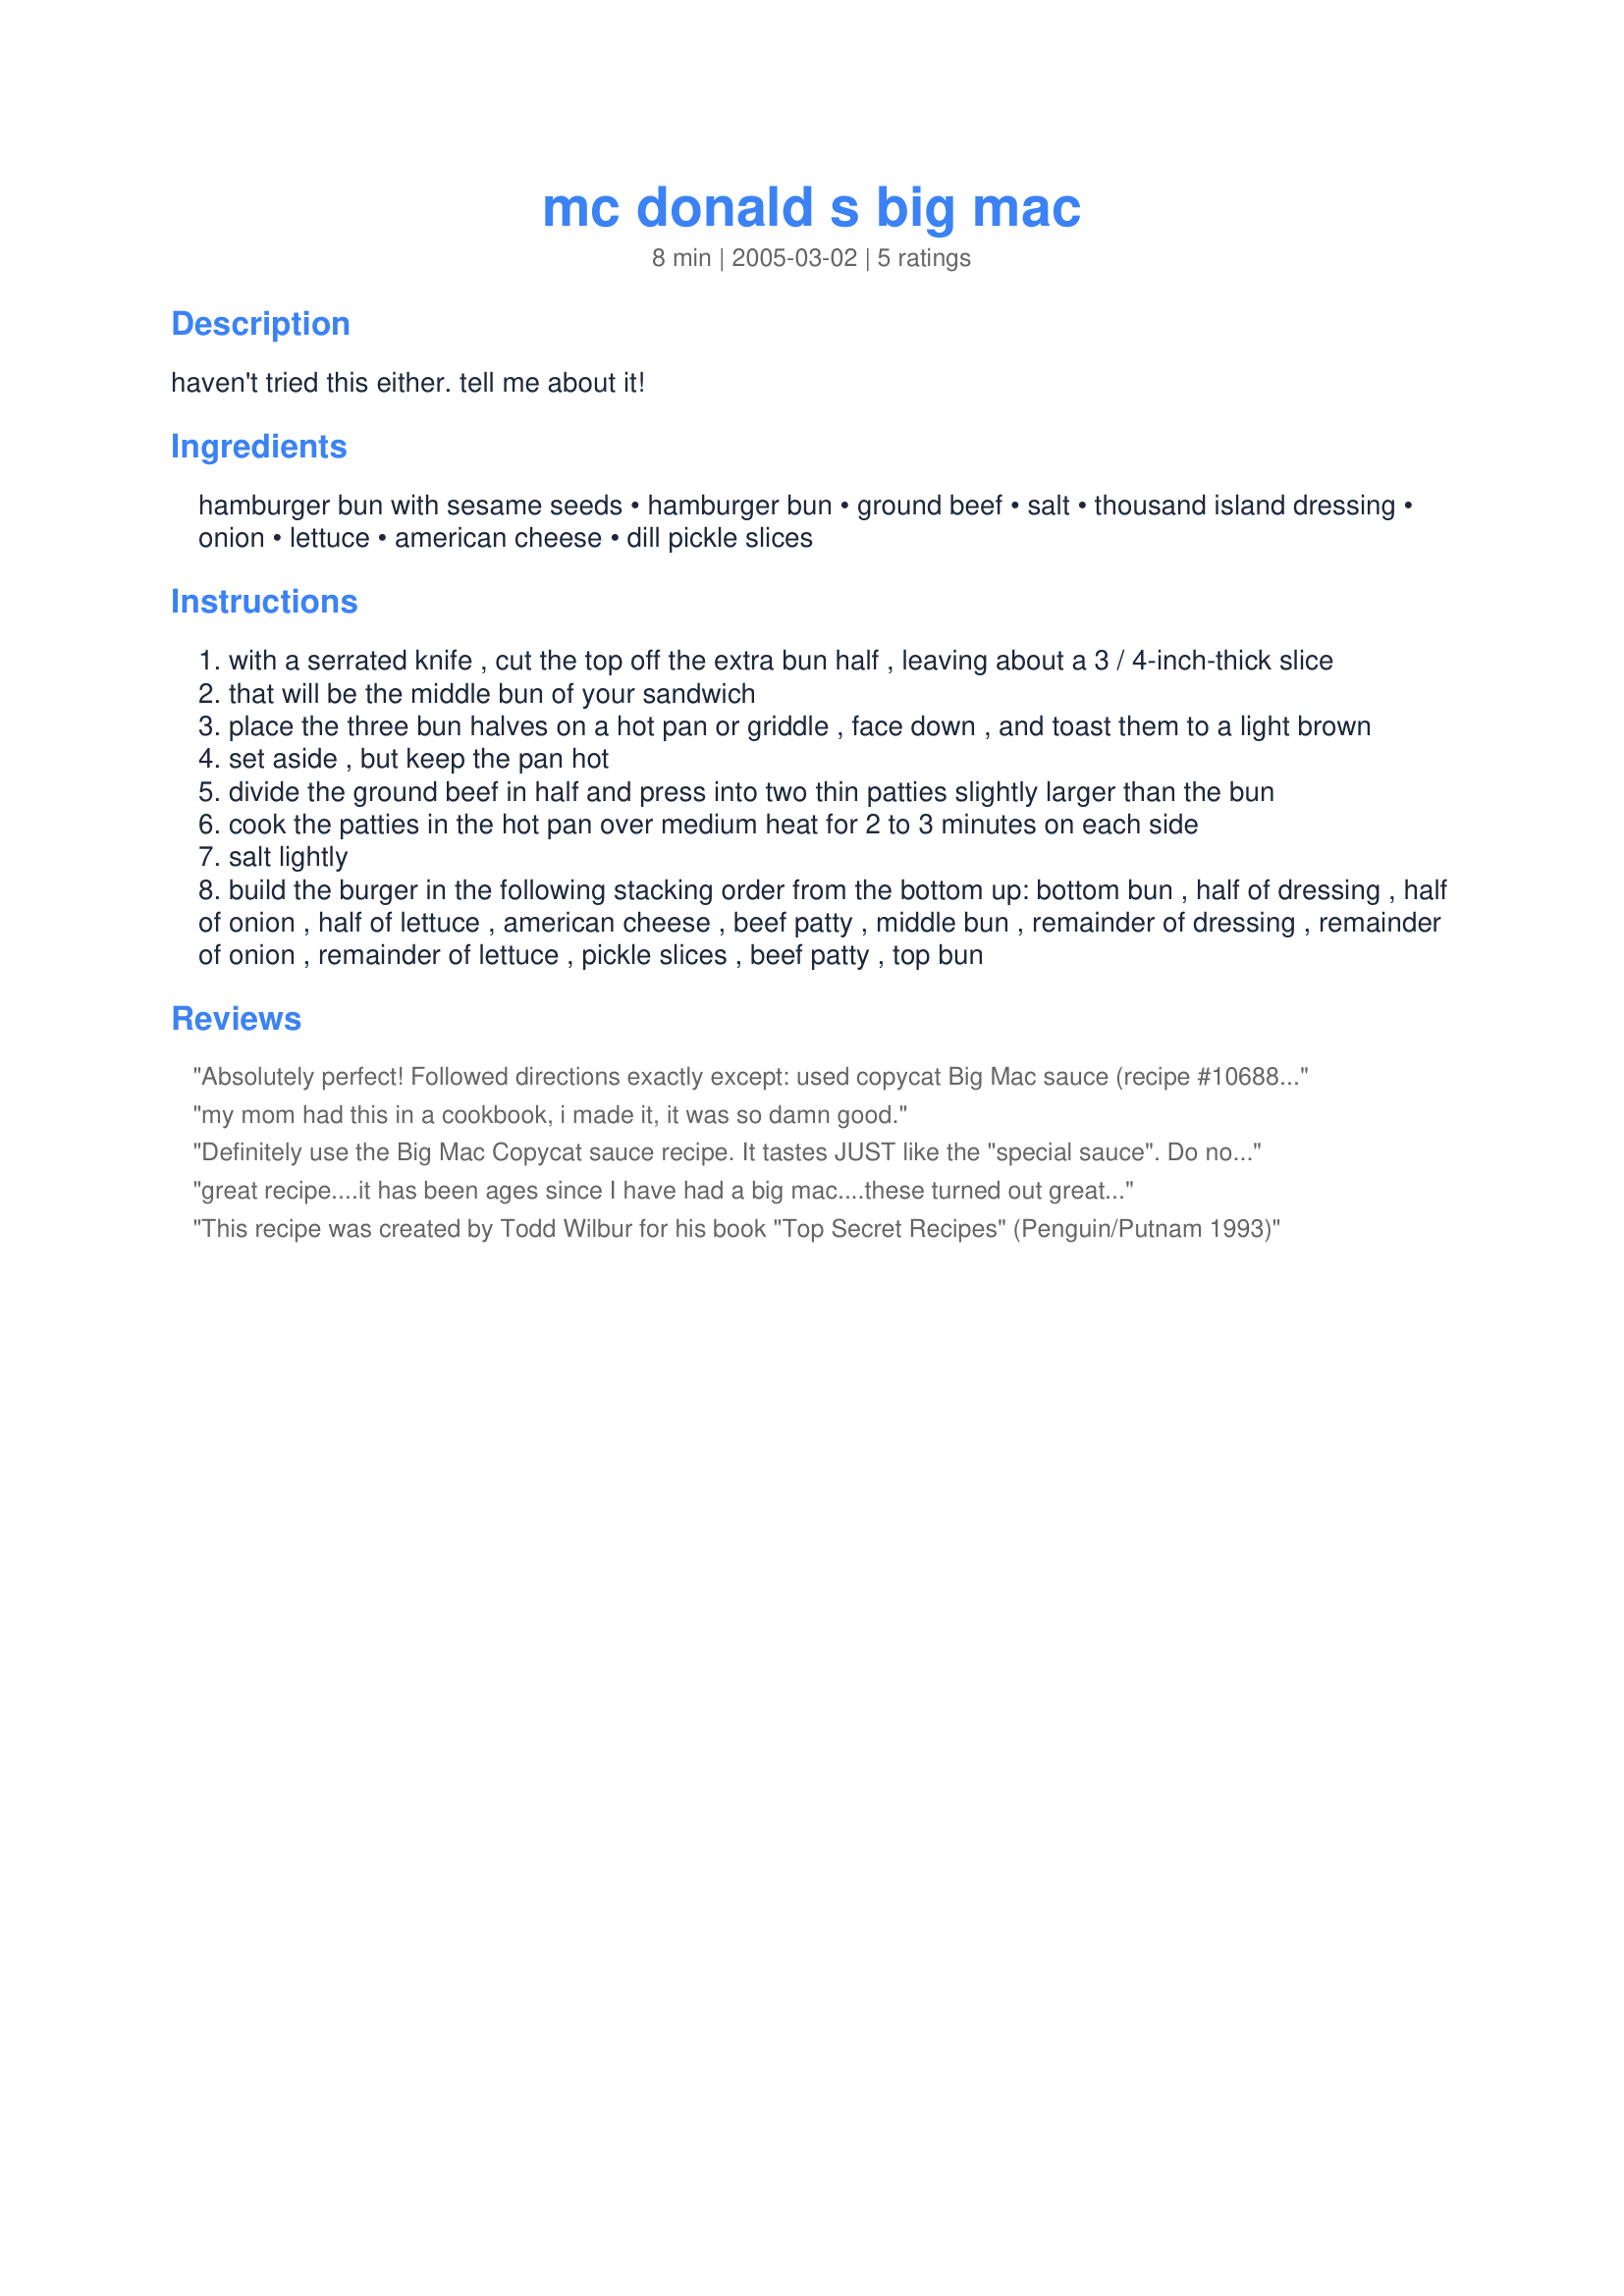
mc donald s big mac
Preparation time: 8 minutes

haven't tried this either. tell me about it!

Ingredients:
hamburger bun with sesame seeds, hamburger bun, ground beef, salt, thousand island dressing, onion, lettuce, american cheese, dill pickle slices

Steps:
with a serrated knife , cut the top off the extra bun half , leaving about a 3 / 4-inch-thick slice
that will be the middle bun of your sandwich
place the three bun halves on a hot pan or griddle , face down , and toast them to a light brown
set aside , but keep the pan hot
divide the ground beef in half and press into two thin patties slightly larger than the bun
cook the patties in the hot pan over medium heat for 2 to 3 minutes on each side
salt lightly
build the burger in the following stacking order from the bottom up: bottom bun , half of dressing , half of onion , half of lettuce , american cheese , beef patty , middle bun , remainder of dressing , remainder of onion , remainder of lettuce , pickle slices , beef patty , top bun

Reviews:
Absolutely perfect! Followed directions exactly except: used copycat Big Mac sauce (recipe #106882). Coupled with copycat McD's fries (rcp #151111) and a coke and your got yourself a homemade Big Mac Meal YAY! (and it costs a fraction of their price ;))
my mom had this in a cookbook, i made it, it was so damn good.
Definitely use the Big Mac Copycat sauce recipe. It tastes JUST like the "special sauce". Do not use the thousand island dressing. It will not be authentic. I have made homemade Big Macs before and the sauce makes the burger.
great recipe....it has been ages since I have had a big mac....these turned out great...
This recipe was created by Todd Wilbur for his book "Top Secret Recipes" (Penguin/Putnam 1993)
